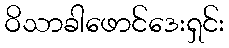
ဝိသာခါဖောင်ဒေးရှင်း